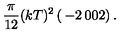
{ \frac { \pi } { 1 2 } } ( k T ) ^ { 2 } \left( \begin{matrix} { - 2 } & { 0 } \\ { 0 } & { 2 } \\ \end{matrix} \right) .